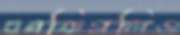
বনফিগলিও